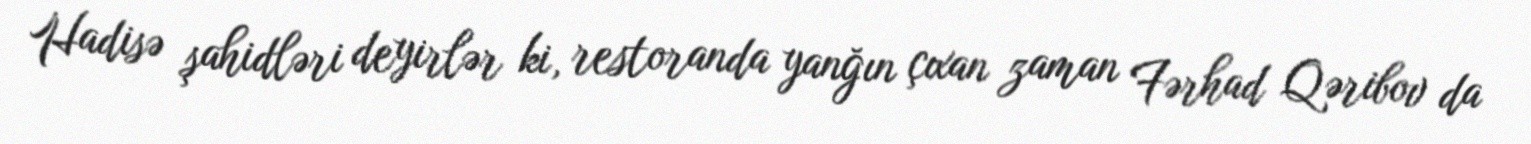
Hadisə şahidləri deyirlər ki, restoranda yanğın çıxan zaman Fərhad Qəribov da